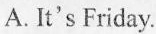
A. It's Friday.